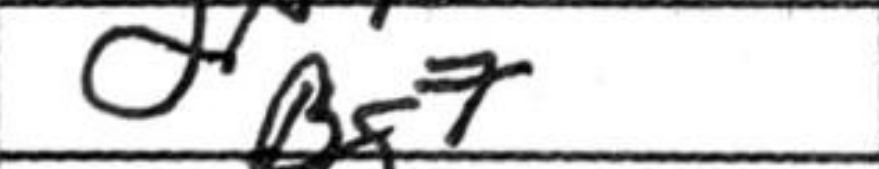
Transcription: Bg7